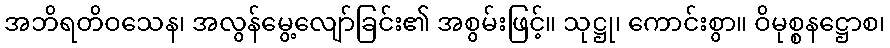
အဘိရတိဝသေန၊ အလွန်မွေ့လျော်ခြင်း၏ အစွမ်းဖြင့်။ သုဋ္ဌု၊ ကောင်းစွာ။ ဝိမုစ္စနဋ္ဌောစ၊